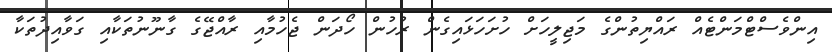
އިންވެސްޓްމަންޓެއް ރައްޔިތުންގެ މަޖިލީހަށް ހުށަހަޅައިގެން ރުހުން ހޯދަން ޖެހުމާއި ރާއްޖޭގެ ގާނޫނުތަކާއި ގަވާއިދުތަކާ